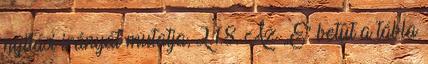
nyitási irányát mutatja, 2.1.8. Az „E” betût a tábla